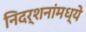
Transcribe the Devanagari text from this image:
निदर्शनांमध्ये